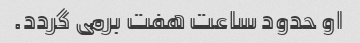
او حدود ساعت هفت برمی گردد.